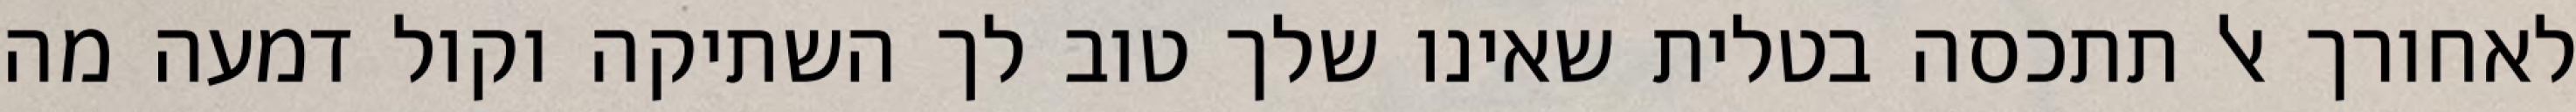
לאחורך אל תתכסה בטלית שאינו שלך טוב לך השתיקה וקול דמעה מה